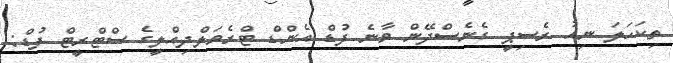
ތިކަހަލަ ނިއު ރެސިޕީ ގެނެސްދޭން ވާނެ ފުޑް އެންޑް ޓްރެވަލްދިއްލީގެ ސްޓްރީޓް ފުޑް: